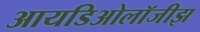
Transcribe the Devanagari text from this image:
आयडिओलॉजीझ